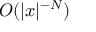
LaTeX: O ( | x | ^ { - N } )